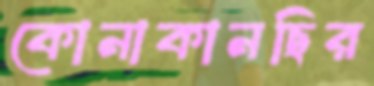
কোনাকানছির